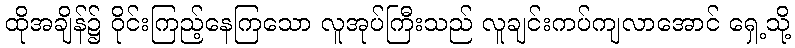
ထိုအချိန်၌ ဝိုင်းကြည့်နေကြသော လူအုပ်ကြီးသည် လူချင်းကပ်ကျလာအောင် ရှေ့သို့